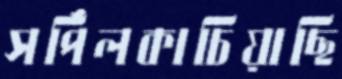
সর্পিলকাচিয়াছি